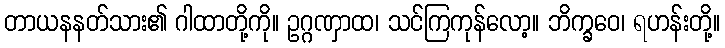
တာယနနတ်သား၏ ဂါထာတို့ကို။ ဥဂ္ဂဏှာထ၊ သင်ကြကုန်လော့။ ဘိက္ခဝေ၊ ရဟန်းတို့။